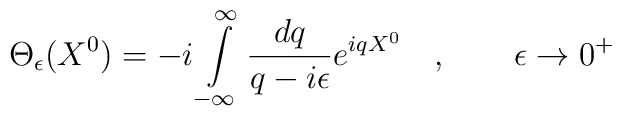
\Theta _{\epsilon }(X^{0})=-i\int\limits_{-\infty }^{\infty }\frac{dq}{q-i\epsilon }e^{iqX^{0}}\quad ,\qquad \epsilon \rightarrow 0^{+}